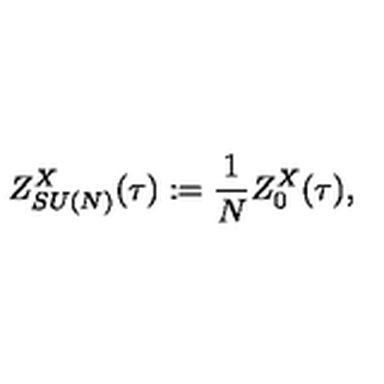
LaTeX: Z _ { S U ( N ) } ^ { X } ( \tau ) : = \frac { 1 } { N } Z _ { 0 } ^ { X } ( \tau ) ,